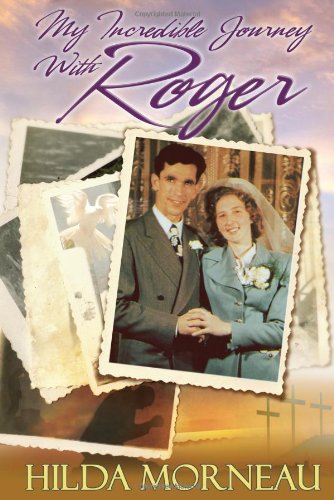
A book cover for My Incredible Journey with Roger; Hilda Morneau; Christian Books & Bibles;